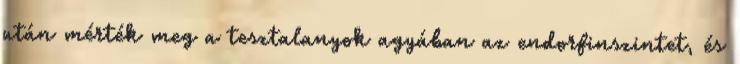
után mérték meg a tesztalanyok agyában az endorfinszintet, és